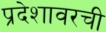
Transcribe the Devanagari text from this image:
प्रदेशावरची